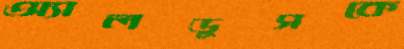
অ্যালডুসকে